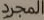
المجرد